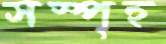
সস্পৃহ